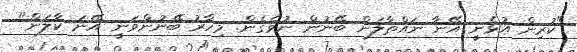
"ކުރިން އުޅެނީ އޭނާ ނައްތާލަން ބޭނުން ނުވެގެން. މިހާރު ބޭނުންވަނީ އޭނަ ކާލަން"